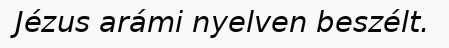
Jézus arámi nyelven beszélt.